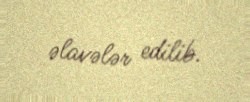
əlavələr edilib.